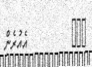
١١٣         އެއުރެން